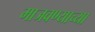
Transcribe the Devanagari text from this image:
माजवण्याच्या